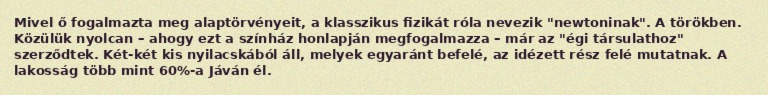
Mivel ő fogalmazta meg alaptörvényeit, a klasszikus fizikát róla nevezik "newtoninak". A törökben. Közülük nyolcan – ahogy ezt a színház honlapján megfogalmazza – már az "égi társulathoz" szerződtek. Két-két kis nyilacskából áll, melyek egyaránt befelé, az idézett rész felé mutatnak. A lakosság több mint 60%-a Jáván él.